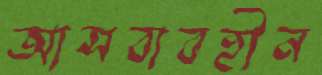
আসবাবহীন